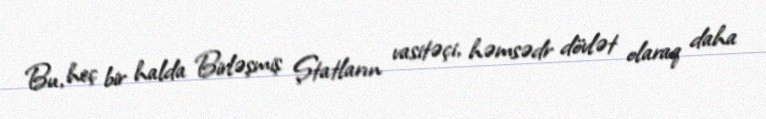
Bu, heç bir halda Birləşmiş Ştatların vasitəçi, həmsədr dövlət olaraq daha